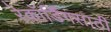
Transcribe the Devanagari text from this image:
रेकॉर्डिंगसाठी